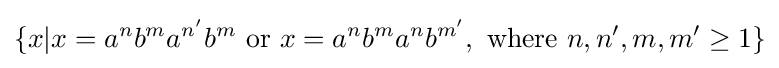
\{x|x=a^{n}b^{m}a^{n^{\prime }}b^{m}{\text{ or }}x=a^{n}b^{m}a^{n}b^{m^{\prime }},{\text{ where }}n,n',m,m'\geq 1\}